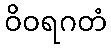
ဝိဝရဂတံ